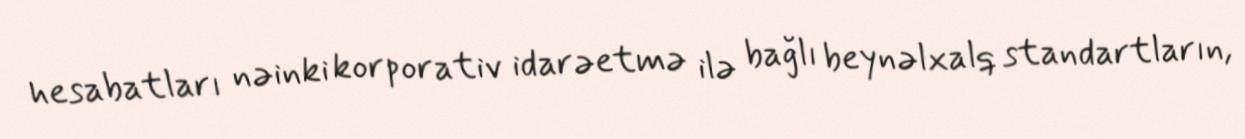
hesabatları nəinki korporativ idarəetmə ilə bağlı beynəlxalq standartların,